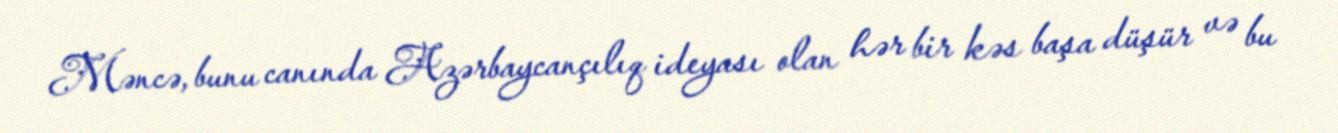
Məncə, bunu canında Azərbaycançılıq ideyası olan hər bir kəs başa düşür və bu